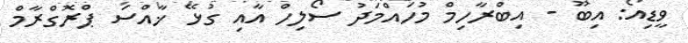
ވީޑިއޯ: އިބޫ - އިބްރާހިމް މުހައްމަދު ސޯލިހް އާއި ގުޅޭ ޚާއްސަ ޕްރޮގްރާމް